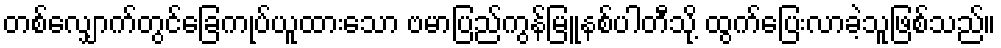
တစ်လျှောက်တွင်ခြေကုပ်ယူထားသော ဗမာပြည်ကွန်မြူနစ်ပါတီသို့ ထွက်ပြေးလာခဲ့သူဖြစ်သည်။